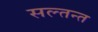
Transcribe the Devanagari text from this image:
सल्तन्त